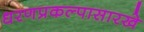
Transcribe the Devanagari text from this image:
धरणप्रकल्पासारखे